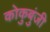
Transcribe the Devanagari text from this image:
कोकुबुंजी